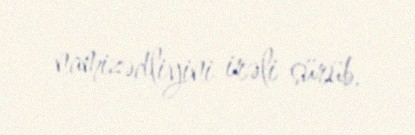
namizədliyini irəli sürüb.